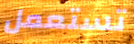
تستعمل